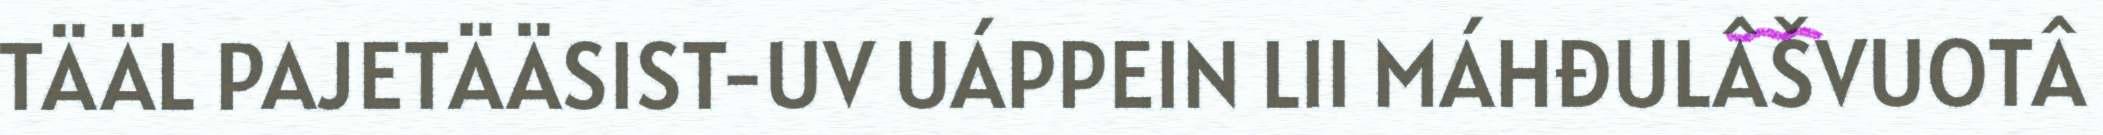
TÄÄL PAJETÄÄSIST-UV UÁPPEIN LII MÁHĐULÂŠVUOTÂ